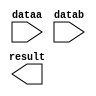
module stop2in1 (
	dataa,
	datab,
	result);

	input	[7:0]  dataa;
	input	[7:0]  datab;
	output	[7:0]  result;

endmodule